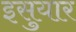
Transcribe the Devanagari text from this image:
इसुयार